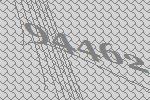
94462